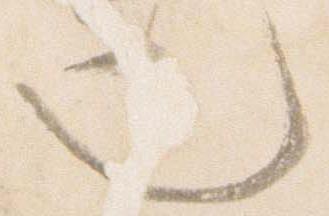
也